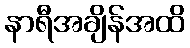
နာရီအချိန်အထိ